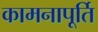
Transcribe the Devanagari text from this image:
कामनापूर्ति